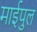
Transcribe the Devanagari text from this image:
माईपुल